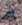
بأن